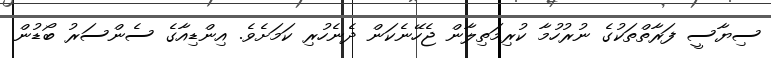
ސިޔާސީ ފަރާތްތަކުގެ ނުރުހުމާ ކުރިމަތިލާން ޖެހޭނެކަން ދެނެހުރި ކަމަށެވެ. އިންޑިއާގެ ސެންސަރު ބޯޑުން